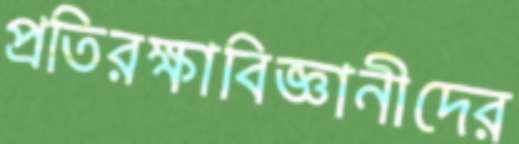
প্রতিরক্ষাবিজ্ঞানীদের